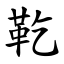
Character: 䩐